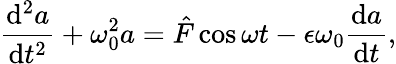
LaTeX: \frac{\mathrm{d}^{2}a}{\mathrm{d}t^{2}}+\omega_{0}^{2}a=\hat{F}\cos\omega t-\epsilon\omega_{0}\frac{\mathrm{d}a}{\mathrm{d}t},